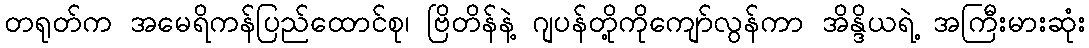
တရုတ်က အမေရိကန်ပြည်ထောင်စု၊ ဗြိတိန်နဲ့ ဂျပန်တို့ကိုကျော်လွန်ကာ အိန္ဒိယရဲ့ အကြီးမားဆုံး